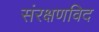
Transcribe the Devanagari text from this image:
संरक्षणविद